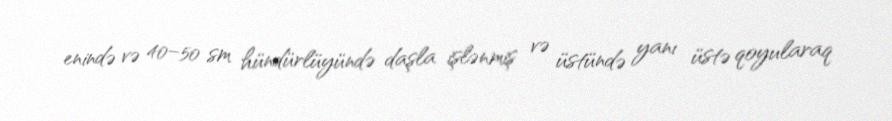
enində və 40–50 sm hündürlüyündə daşla işlənmiş və üstündə yanı üstə qoyularaq